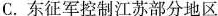
C.东征军控制江苏部分地区